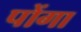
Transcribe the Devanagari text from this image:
पोंगा